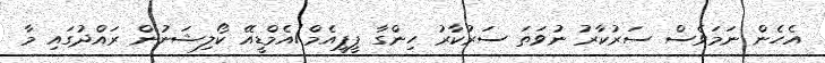
އެހެން ނަމަވެސް ސަރުކާރު ނުވަތަ ސަރުކާރު ހިންގާ ޕީޕީއެމް/އެމްޑީއޭ ކޯލިޝަނުން ރައްދުގައި މާ